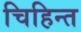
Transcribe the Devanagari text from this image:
चिहिन्त